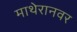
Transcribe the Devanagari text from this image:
माथेरानवर